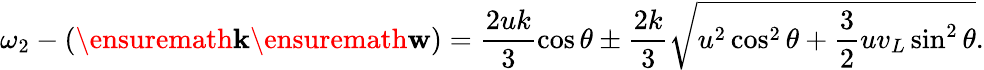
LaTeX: \omega_{2}-(\ensuremath{\mathbf{k}}\ensuremath{\mathbf{w}})=\frac{2uk}{3}\cos\theta\pm\frac{2k}{3}\sqrt{u^{2}\cos^{2}\theta+\frac{3}{2}uv_{L}\sin^{2}\theta}.